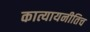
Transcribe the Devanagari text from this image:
कात्यायनीतिच